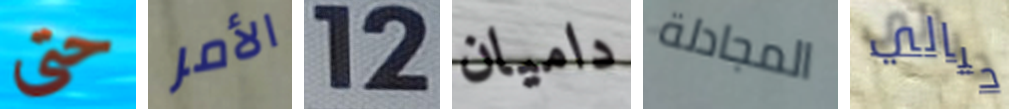
حتى الأمر 12 داميان المجادلة حيالي